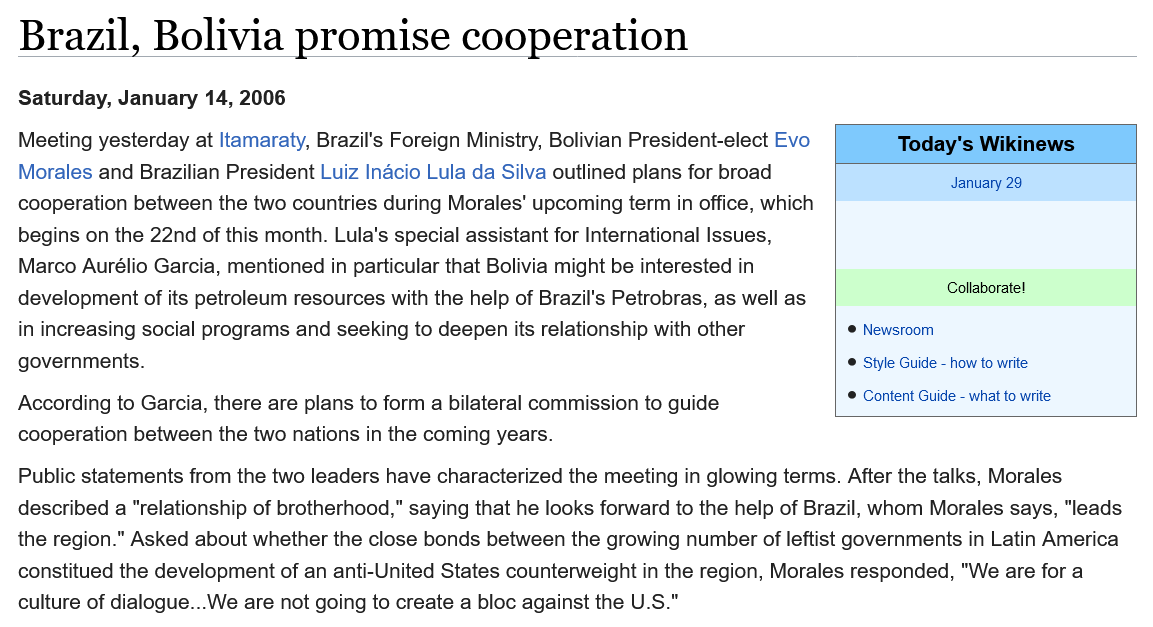
Brazil,    Bolivia    promise    cooperation
  Meeting yesterday at ltamaraty, Brazil's Foreign Ministry, Bolivian President-elect Evo
  Morales and Brazilian President Luiz Inacio Lula da Silva outlined plans for broad
  cooperation between the two countries during Morales’ upcoming term in office, which
  begins on the 22nd of this month. Lula's special assistant for International Issues,
  Marco Aurélio Garcia, mentioned in particular that Bolivia might be interested in
  development of its petroleum resources with the help of Brazil's Petrobras, as well as
  in increasing social programs and seeking to deepen its relationship with other
  governments.
  Public statements from the two leaders have characterized the meeting in glowing terms. After the talks, Morales
  described a "relationship of brotherhood,” saying that he looks forward to the help of Brazil, whom Morales says, "leads
  the region." Asked about whether the close bonds between the growing number of leftist governments in Latin America
  constitued the development of an anti-United States counterweight in the region, Morales responded, "We are for a
  culture of dialogue...We are not going to create a bloc against the U.S."
  According to Garcia, there are plans to form a bilateral commission to guide
  cooperation between the two nations in the coming years.
  Saturday, January 14, 2006
     Today's Wikinews
     January 29
     Collaborate!
     @ Newsroom
     © Style Guide
     -
     how to write
     © Content Guide
     -
     what to write